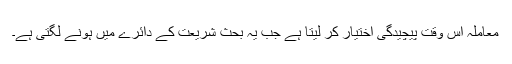
معاملہ اس وقت پیچیدگی اختیار کر لیتا ہے جب یہ بحث شریعت کے دائرے میں ہونے لگتی ہے۔